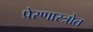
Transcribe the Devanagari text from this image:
प्रेरणास्‍त्रोत